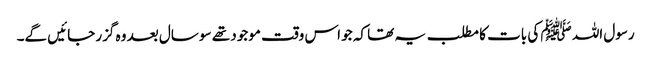
رسول اللہ ﷺ کی بات کا مطلب یہ تھا کہ جو اس وقت موجود تھے سو سال بعد وہ گزر جائیں گے۔